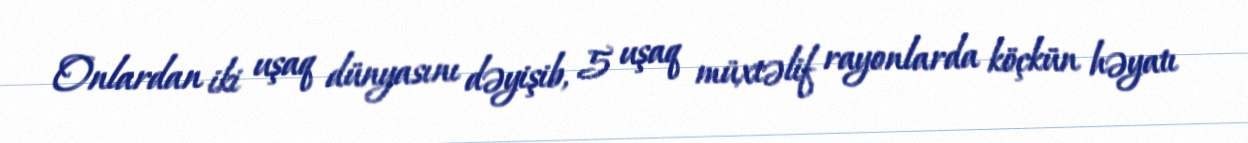
Onlardan iki uşaq dünyasını dəyişib, 5 uşaq müxtəlif rayonlarda köçkün həyatı